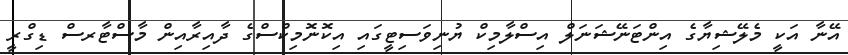
އޭނާ އަކީ މެލޭޝިޔާގެ އިންޓަނޭޝަނަލް އިސްލާމިކް ޔުނިވަސިޓީގައި އިކޮނޮމިކްސްގެ ދާއިރާއިން މާސްޓާރސް ޑިގްރީ